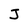
Character: J